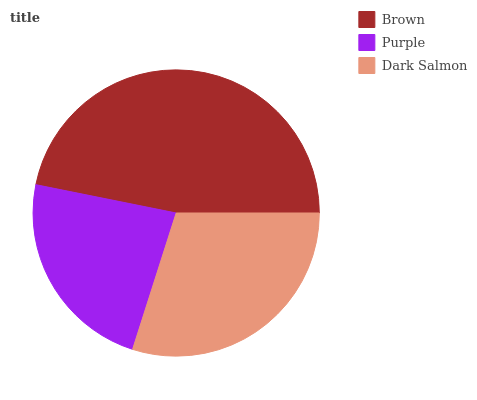
| Brown | Purple | Dark Salmon |
 | --- | --- | --- |
 | 46.8% | 23.2% | 29.9% |